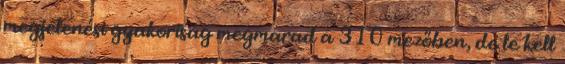
megjelenési gyakoriság megmarad a 310 mezőben, de le kell